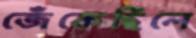
জেঁকেছিলে